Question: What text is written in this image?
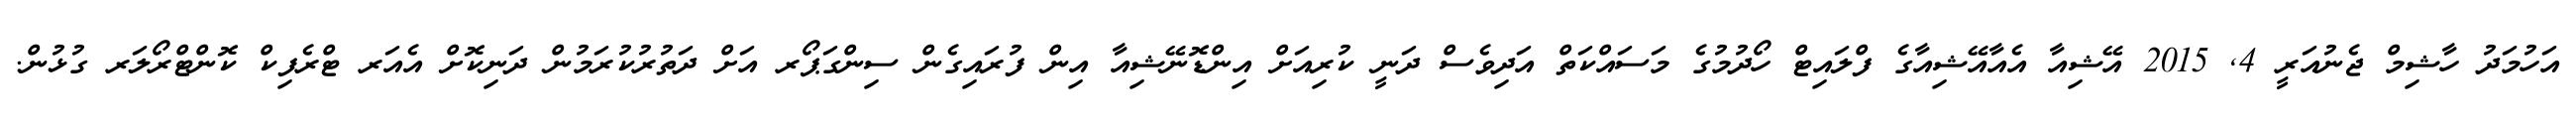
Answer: އަހުމަދު ހާޝިމް ޖެނުއަރީ 4, 2015 އޭޝިއާ އެއާއޭޝިއާގެ ފްލައިޓް ހޯދުމުގެ މަސައްކަތް އަދިވެސް ދަނީ ކުރިއަށް އިންޑޮނޭޝިއާ އިން ފުރައިގެން ސިންގަޕޯރ އަށް ދަތުރުކުރަމުން ދަނިކޮށް އެއަރ ޓްރެފިކް ކޮންޓްރޯލަރ ގުޅުން.